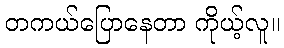
တကယ်ပြောနေတာ ကိုယ့်လူ။